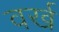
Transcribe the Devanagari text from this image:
वर्ख